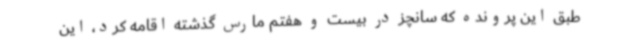
طبق این پرونده که سانچز در بیست و هفتم مارس گذشته اقامه کرد، این